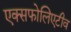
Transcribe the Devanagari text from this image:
एक्सफोलिएटीव